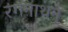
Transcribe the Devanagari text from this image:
रंगनाथन्‌